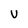
Character: v